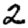
Digit: 2